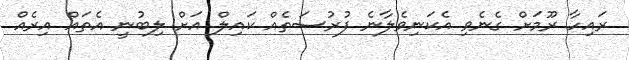
ރައިހާ ރޫމަށް ގެނެވި އެކަނިވެލާނެ ފުރުސަތެއް ކައިލް އަށް ލިބުނީ އެތައް އިރެއް